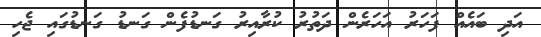
އަދި ބައެއް ފަހަރު އަހަރެން ދަތުރު ކުރާއިރު ގަނޑުފެން ގަނޑު ގަނޑުގައި ޖެހި